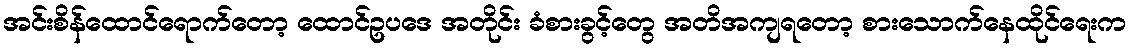
အင်းစိန်ထောင်ရောက်တော့ ထောင်ဥပဒေ အတိုင်း ခံစားခွင့်တွေ အတိအကျရတော့ စားသောက်နေထိုင်ရေးက